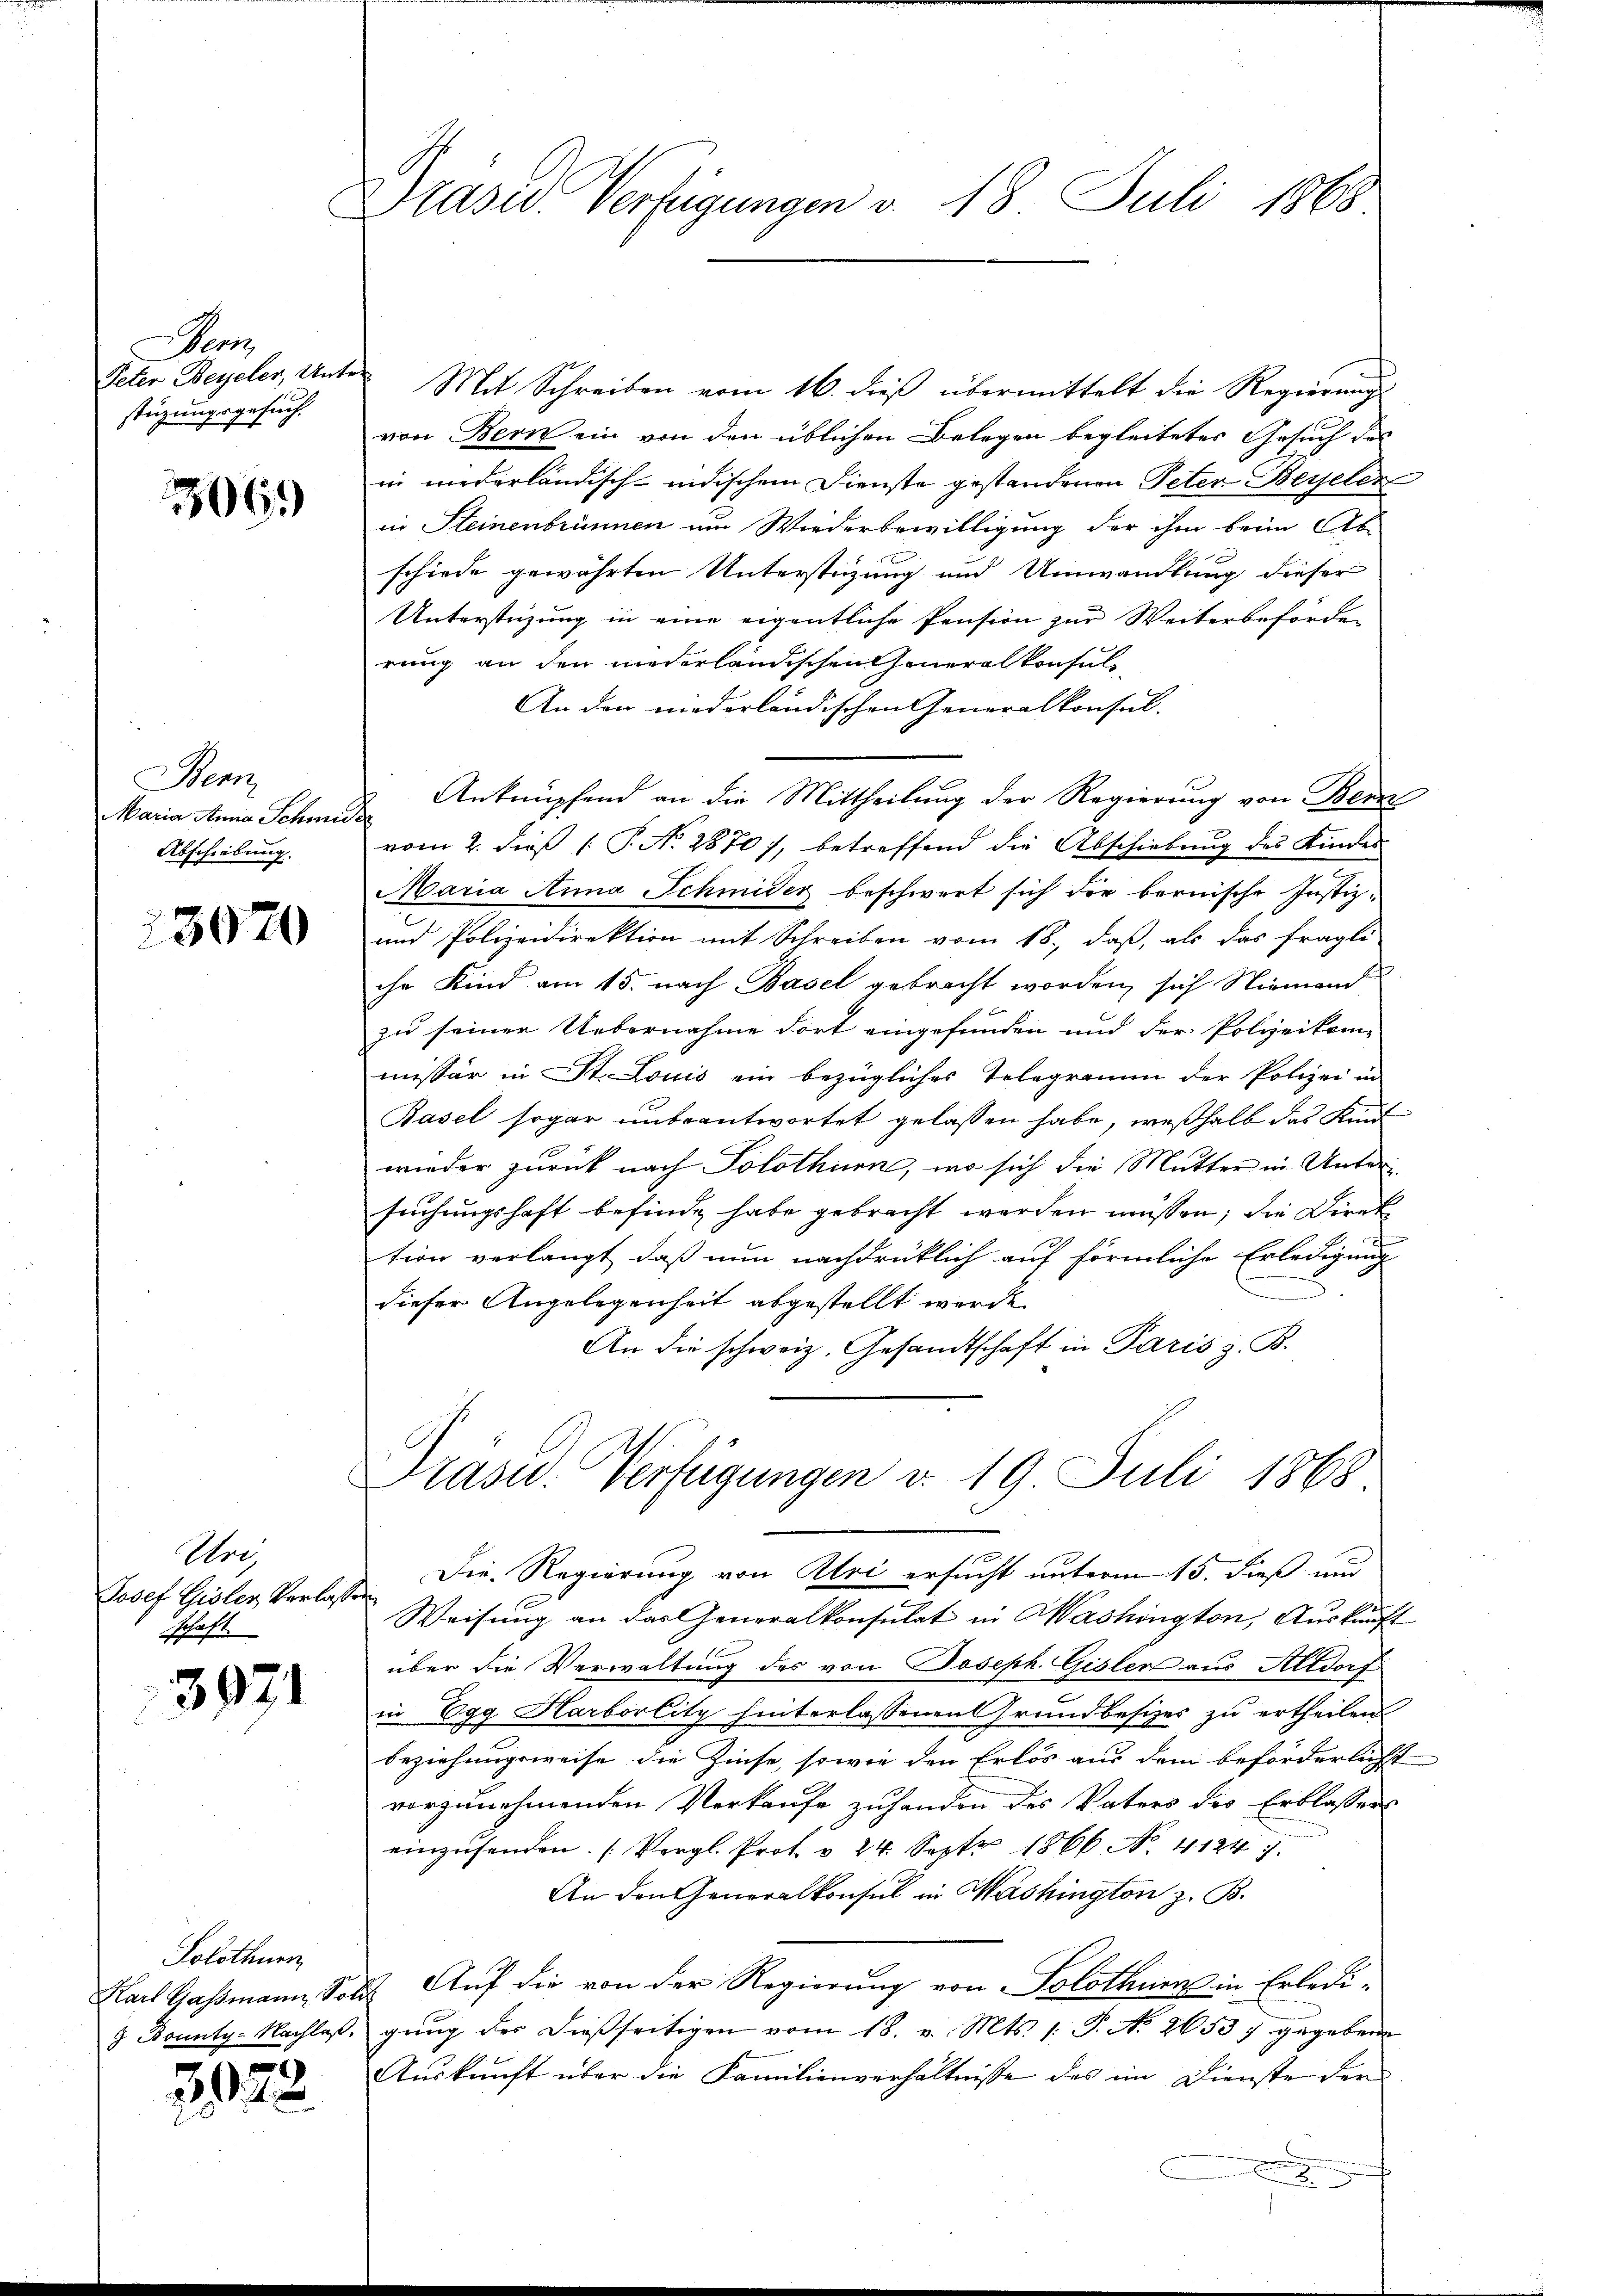
Son
stüzungsgesuch,

3069

Bern,
Maria Anna Schmider
Abschiebung.

3070

Ure
Josef Gisler Verlasse
schaft.

3971

Solothurn
Karl Gassmann, Sold
8 Bounty-Nachlaß.

3022

Präsid. Verfügungen v. 18. Juli 1868

Peter Beyeler, Unter Mit Schreiben vom 16. dieβ übermittelt die Regierŭng
von Bern ein von den üblichen Belegen begleitetes Gesuch des
in niederländisch-indischem Dienste gestandenen Peter Beyseler
in Steinenbrunnen um Wiederbewilligung der ihm beim Ab-
schiede gewährten Unterstüzung und Umwandlung dieser
Unterstüzung in eine eigentliche Pension zur Weiterbeförder
rung an den niederländischen Generalkonsul
An der niederländischen Generalkonsul-
Anknüpfend an die Mittheilung der Regierung von Bern
vom 2. dieß P. N. 2870), betreffend die Abschiebung des Kindes
Maria Anna Schmider beschwert sich der bernische Justiz¬
und Polizeidirektion mit Schreiben vom 18., daß, als das fragli-
che Kind am 15. nach Basel gebracht worden, sich Niemand
zu seiner Uebernahme dort eingefunden und der Polyeikom
missär in St. Louis ein bezügliches Telegramm der Polizei in
Basel sogar unbeantwortet gelassen habe, weßhalb das Kind
wieder zurück nach Solothurn, wo sich die Mutter in Untersuchungshaft befinde habe gebracht werden müssen; die Direk
tion verlangt, daß nun nachdrücklich auf förmliche Erledigung
dieser Angelegenheit abgestellt werde.
An die schweiz. Gesandtschaft in Paris z. B.

Präser. Verfügungen d. 19. Juli 1868

Die Regierung von Uri ersucht unterm 15. dieß und
¬
Weisung an das Generalkonsulat in Washington, Auskunft
über die Verwaltung des von Joseph. Gisler aus Altdorf
in Egg Harborlitz hinterlassenen Grundbesizes zu ertheilen
beziehungsweise die Zinse, sowie den Erlös aus dem beförderlichst
vorzunehmenden Verkaufe zuhanden des Vaters des Erblassers
einzusenden. (Vergl. Prot. § 24. Sept 1866. No. 41241.
An den Generalkonsul in Washington z. B.
& Auf die von der Regierung von Solothurn in Erledi-
gung der dießseitigen vom 18. v. Mts. 1. P. No 26537 gegebene
Auskunft über die Familienverhältnisse des im Dienste der